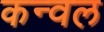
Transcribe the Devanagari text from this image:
कन्वल